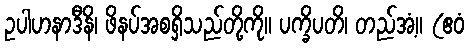
ဥပါဟနာဒီနိ၊ ဖိနပ်အစရှိသည်တို့ကို။ ပက္ခိပတိ၊ တည်အံ့။ (ဧဝံ